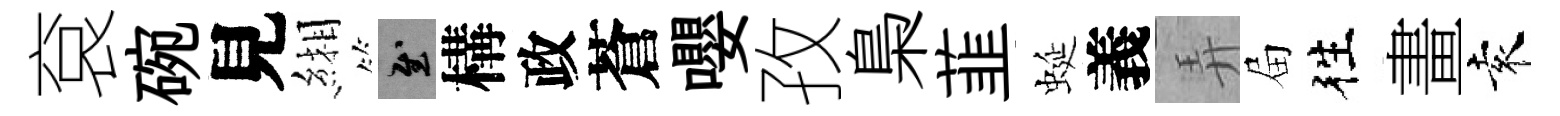
袞碗見緗慰構政蒼嚶孜梟韮蜒義弄屇徃畫袁